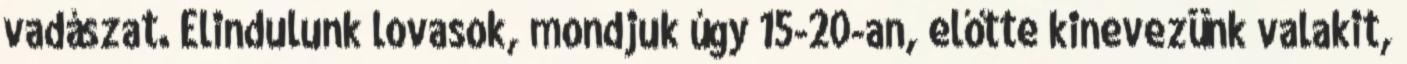
vadászat. Elindulunk lovasok, mondjuk úgy 15-20-an, előtte kinevezünk valakit,